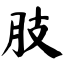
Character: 肢